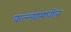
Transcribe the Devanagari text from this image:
कल्ल्यांमधील